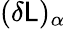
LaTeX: (\delta\mathsf{L})_{\alpha}